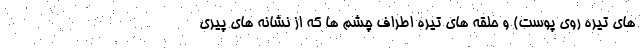
های تیره روی پوست) و حلقه های تیره اطراف چشم ها که از نشانه های پیری